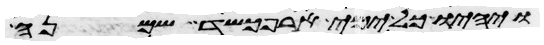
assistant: ויהיו כל ימי ארפכשד שמנה